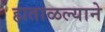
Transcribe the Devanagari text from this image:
हाताळल्याने